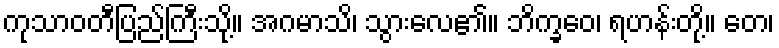
ကုသာဝတီပြည်ကြီးသို့။ အဂမာသိ၊ သွားလေ၏။ ဘိက္ခဝေ၊ ရဟန်းတို့။ တေ၊